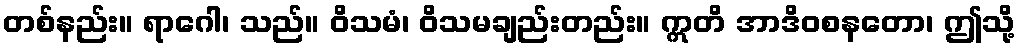
တစ်နည်း။ ရာဂေါ၊ သည်။ ဝိသမံ၊ ဝိသမချည်းတည်း။ ဣတိ အာဒိဝစနတော၊ ဤသို့